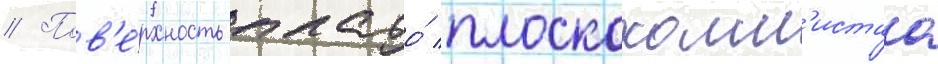
// Пов'е́рхность плато́ плоскохолм'истаа